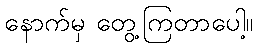
နောက်မှ တွေ့ကြတာပေါ့။